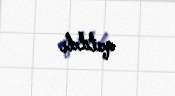
qatıldı.